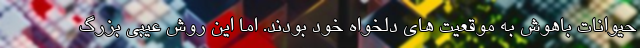
حیوانات باهوش به موقعیت های دلخواه خود بودند. اما این روش عیبی بزرگ